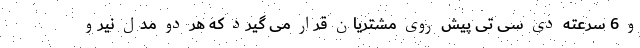
و 6 سرعته دی سی تی پیش روی مشتریان قرار می گیرد که هر دو مدل نیرو